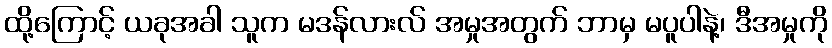
ထို့ကြောင့် ယခုအခါ သူက မဒန်လားလ် အမှုအတွက် ဘာမှ မပူပါနဲ့၊ ဒီအမှုကို